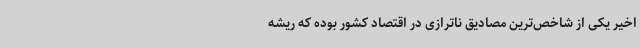
اخیر یکی از شاخص‌ترین مصادیق ناترازی در اقتصاد کشور بوده که ریشه